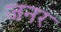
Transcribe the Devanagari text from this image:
जनर